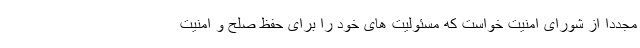
مجددا از شورای امنیت خواست که مسئولیت های خود را برای حفظ صلح و امنیت